Civil Veterinary Dept. North-West Frontier Province 1933-46 - 1933-1946
Year: 1933
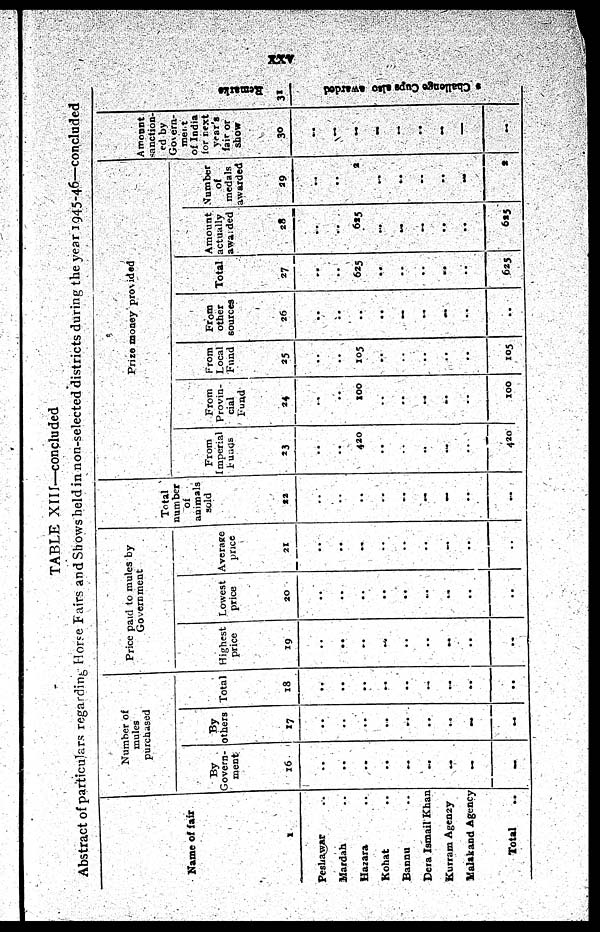
xxv
TABLE XIII—concluded
Abstract of particulars regarding Horse Fairs and Shows held in non-selected districts during the year 1945-46—concluded
Name of fair
1
Peshawar ..
Mardan ..
Hazara ..
Kohat ..
Bannu ..
Dera Ismail Khan
Kurram Agency
Malakand Agency
Total ..
Number of
mules
purchased
By
Govern-
ment
16
..
..
..
..
..
..
..
..
..
By
others
17
..
..
..
..
..
..
..
..
..
Total
18
..
..
..
..
..
..
..
..
..
Price paid to mules by
Government
Highest
price
19
..
..
..
..
..
..
..
..
..
Lowest
price
20
..
..
..
..
..
..
..
..
..
Average
price
21
..
..
..
..
..
..
..
..
..
Total
number
of
animals
sold
22
..
..
..
..
..
..
..
..
..
Prize money provided
1
From
Imperial
Funds
23
..
..
420
..
..
..
..
..
420
From
Provin-
cial
Fund
24
..
..
100
..
..
..
..
..
100
From
Local
Fund
25
..
..
105
..
..
..
..
..
105
From
other
sources
26
..
..
..
..
..
..
..
..
..
Total
27
..
..
625
..
..
..
..
..
625
Amount
actually
awarded
28
..
..
625
..
..
..
..
..
625
Number
of
medals
awarded
29
..
..
2
..
..
..
..
..
2
Amount
sanction-
ed by
Govern-
ment
of India
for next
year's
fair or
show
30
..
..
..
..
..
..
..
..
..
Remarks
31
* Challenge Cups also awarded